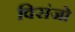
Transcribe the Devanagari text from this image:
क्सिंजो